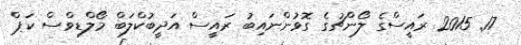
17